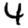
Digit: 4